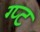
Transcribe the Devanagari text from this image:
ग्प्ट